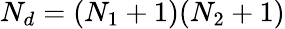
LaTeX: N_{d}=(N_{1}+1)(N_{2}+1)